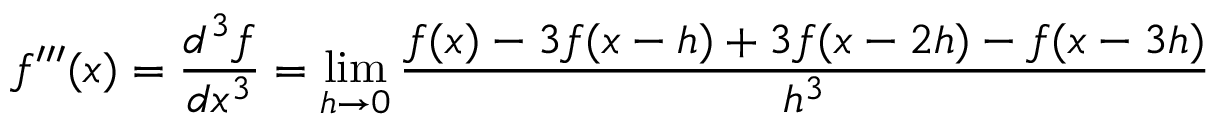
f ^ { \prime \prime \prime } ( x ) = { \frac { d ^ { 3 } f } { d x ^ { 3 } } } = \operatorname* { l i m } _ { h \rightarrow 0 } { \frac { f ( x ) - 3 f ( x - h ) + 3 f ( x - 2 h ) - f ( x - 3 h ) } { h ^ { 3 } } }